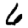
Digit: 6